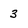
Character: 3